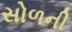
સોળની